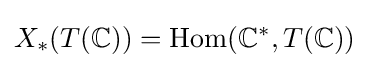
X_{*}(T(\mathbb {C} ))=\mathrm {Hom} (\mathbb {C} ^{*},T(\mathbb {C} ))